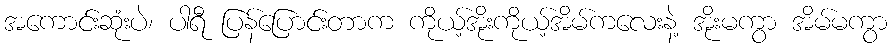
အကောင်းဆုံးပဲ၊ ပါရီ ပြန်ပြောင်းတာက ကိုယ့်အိုးကိုယ့်အိမ်ကလေးနဲ့ အိုးမကွာ အိမ်မကွာ